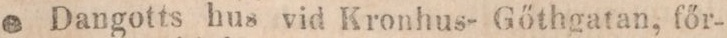
Dangotts hus vid Kronhus- Gőthgatan, főr-